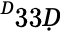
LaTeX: ^Ḋ33Ḍ